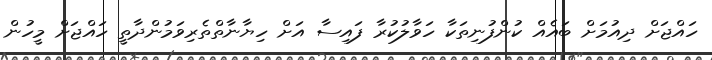
ހައްޖަށް ދިއުމަށް ބައެއް ކުންފުނިތަކާ ހަވާލުކުރާ ފައިސާ އަށް ހިޔާނާތްތެރިވަމުންދާތީ ހައްޖަށް މީހުން